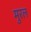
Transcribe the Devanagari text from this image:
मुरल